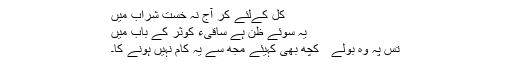
کل کےلئے کر آج نہ خسّت شراب میں
یہ سُوئے ظن ہے ساقیء کوثر کے باب میں
تس پہ وہ بولے ٰ ٰ کچھ بھی کہیئے مجھ سے یہ کام نہیں ہونے کا۔